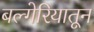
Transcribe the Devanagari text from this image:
बल्गेरियातून